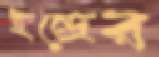
ইন্দ্রের